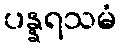
ပန္နရသမံ